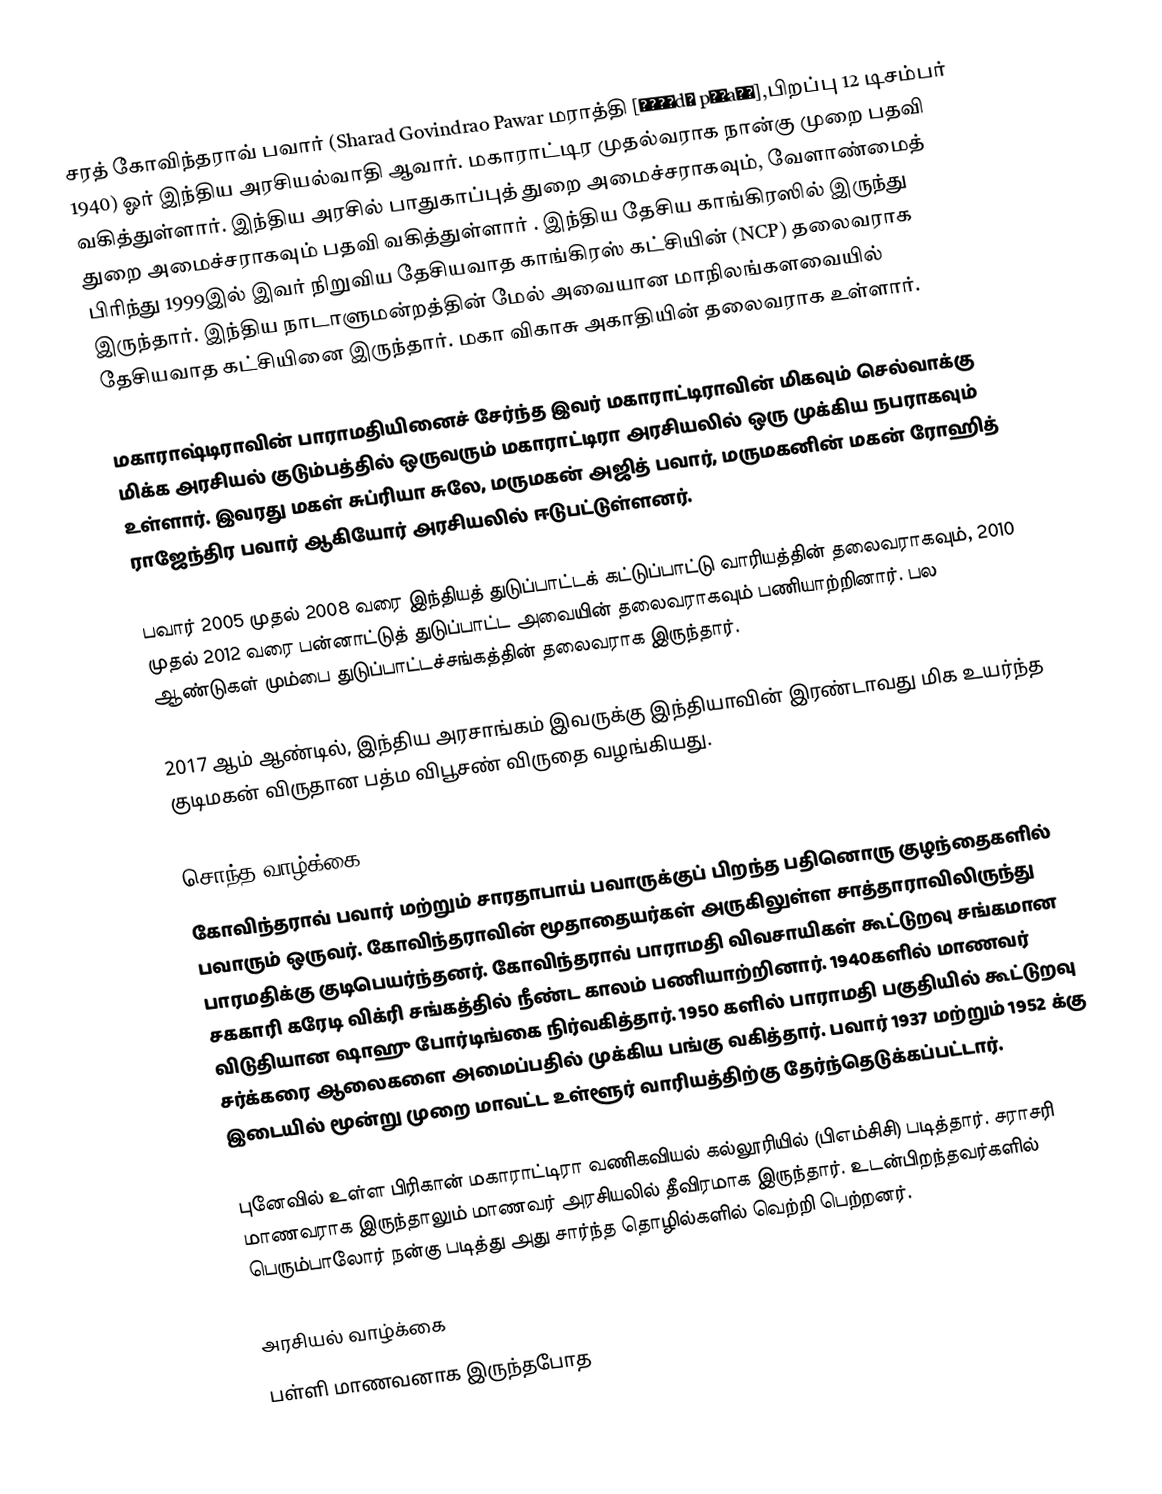
சரத் கோவிந்தராவ் பவார் (Sharad Govindrao Pawar மராத்தி   [ʃəɾəd̪ pəʋaːɾ],பிறப்பு 12 டிசம்பர் 1940)  ஓர் இந்திய அரசியல்வாதி ஆவார். மகாராட்டிர முதல்வராக நான்கு முறை பதவி வகித்துள்ளார். இந்திய அரசில் பாதுகாப்புத் துறை அமைச்சராகவும், வேளாண்மைத் துறை அமைச்சராகவும் பதவி வகித்துள்ளார் . இந்திய தேசிய காங்கிரஸில் இருந்து பிரிந்து 1999இல் இவர் நிறுவிய தேசியவாத காங்கிரஸ் கட்சியின் (NCP) தலைவராக இருந்தார். இந்திய நாடாளுமன்றத்தின் மேல் அவையான மாநிலங்களவையில் தேசியவாத  கட்சியினை  இருந்தார். மகா விகாசு அகாதியின் தலைவராக உள்ளார்.

மகாராஷ்டிராவின் பாராமதியினைச் சேர்ந்த இவர் மகாராட்டிராவின் மிகவும் செல்வாக்கு மிக்க அரசியல் குடும்பத்தில் ஒருவரும் மகாராட்டிரா அரசியலில் ஒரு முக்கிய நபராகவும் உள்ளார். இவரது மகள்  சுப்ரியா சுலே, மருமகன் அஜித் பவார், மருமகனின் மகன் ரோஹித் ராஜேந்திர பவார் ஆகியோர் அரசியலில் ஈடுபட்டுள்ளனர்.

பவார் 2005 முதல் 2008 வரை இந்தியத் துடுப்பாட்டக் கட்டுப்பாட்டு வாரியத்தின் தலைவராகவும், 2010 முதல் 2012 வரை பன்னாட்டுத் துடுப்பாட்ட அவையின் தலைவராகவும் பணியாற்றினார். பல ஆண்டுகள் மும்பை துடுப்பாட்டச்சங்கத்தின் தலைவராக இருந்தார்.

2017 ஆம் ஆண்டில், இந்திய அரசாங்கம் இவருக்கு இந்தியாவின் இரண்டாவது மிக உயர்ந்த குடிமகன் விருதான பத்ம விபூசண் விருதை வழங்கியது.

சொந்த வாழ்க்கை
கோவிந்தராவ் பவார் மற்றும் சாரதாபாய் பவாருக்குப் பிறந்த பதினொரு குழந்தைகளில் பவாரும் ஒருவர். கோவிந்தராவின் மூதாதையர்கள் அருகிலுள்ள சாத்தாராவிலிருந்து பாரமதிக்கு குடிபெயர்ந்தனர். கோவிந்தராவ் பாராமதி விவசாயிகள் கூட்டுறவு சங்கமான சககாரி கரேடி விக்ரி சங்கத்தில் நீண்ட காலம் பணியாற்றினார். 1940களில் மாணவர் விடுதியான ஷாஹு போர்டிங்கை நிர்வகித்தார்.  1950 களில் பாராமதி பகுதியில் கூட்டுறவு சர்க்கரை ஆலைகளை அமைப்பதில் முக்கிய பங்கு வகித்தார்.  பவார் 1937 மற்றும் 1952 க்கு இடையில் மூன்று முறை மாவட்ட உள்ளூர் வாரியத்திற்கு தேர்ந்தெடுக்கப்பட்டார்.

புனேவில் உள்ள பிரிகான் மகாராட்டிரா வணிகவியல் கல்லூரியில் (பிஎம்சிசி) படித்தார். சராசரி மாணவராக இருந்தாலும் மாணவர் அரசியலில் தீவிரமாக இருந்தார். உடன்பிறந்தவர்களில் பெரும்பாலோர் நன்கு படித்து அது சார்ந்த தொழில்களில் வெற்றி பெற்றனர்.

அரசியல் வாழ்க்கை
பள்ளி மாணவனாக இருந்தபோத